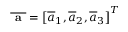
\overline { { \textbf { a } } } = \left[ \overline { { a } } _ { 1 } , \overline { { a } } _ { 2 } , \overline { { a } } _ { 3 } \right] ^ { T }